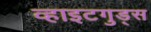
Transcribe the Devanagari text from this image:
व्हाइटगुड्स